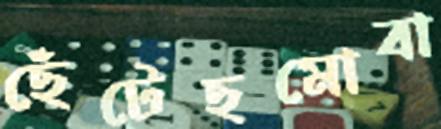
ছেঁটেছমোবা